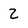
Character: 2